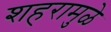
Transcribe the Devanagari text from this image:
शहरामुळे